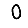
Digit: 0